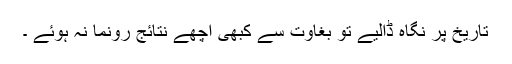
تاریخ پر نگاہ ڈالیے تو بغاوت سے کبھی اچھے نتائج رونما نہ ہوئے ۔